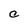
Character: C